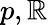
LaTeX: p,\mathbb{R}